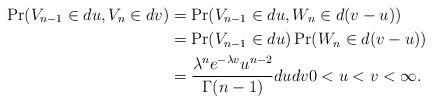
LaTeX: \begin{align*}\Pr (V_{n-1}\in du,V_{n}\in dv)& =\Pr (V_{n-1}\in du,W_{n}\in d(v-u)) \\& =\Pr (V_{n-1}\in du)\Pr (W_{n}\in d(v-u)) \\& =\frac{\lambda ^{n}e^{-\lambda v}u^{n-2}}{\Gamma (n-1)}dudv0<u<v<\infty.\end{align*}